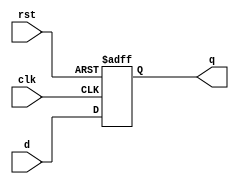
module adff( input d, clk, rst, output reg q );
	always @( posedge clk, posedge rst )
		if (rst)
			q <= 0;
		else
			q <= d;
endmodule